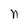
Character: n